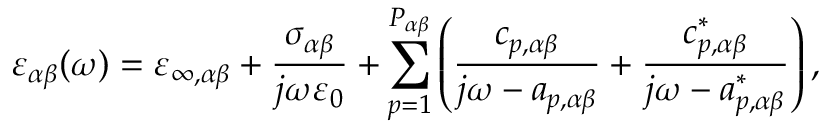
\varepsilon _ { \alpha \beta } ( \omega ) = \varepsilon _ { \infty , \alpha \beta } + \frac { \sigma _ { \alpha \beta } } { j \omega \varepsilon _ { 0 } } + \sum _ { p = 1 } ^ { P _ { \alpha \beta } } \left( \frac { c _ { p , \alpha \beta } } { j \omega - a _ { p , \alpha \beta } } + \frac { c _ { p , \alpha \beta } ^ { * } } { j \omega - a _ { p , \alpha \beta } ^ { * } } \right) ,